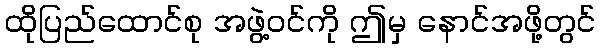
ထိုပြည်ထောင်စု အဖွဲ့ဝင်ကို ဤမှ နောင်အဖို့တွင်